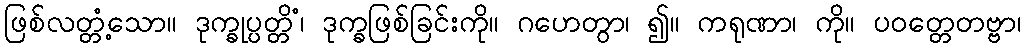
ဖြစ်လတ္တံ့သော။ ဒုက္ခုပ္ပတ္တိံ၊ ဒုက္ခဖြစ်ခြင်းကို။ ဂဟေတွာ၊ ၍။ ကရုဏာ၊ ကို။ ပဝတ္တေတဗ္ဗာ၊